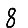
Digit: 8